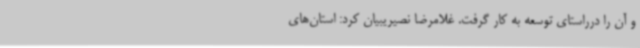
و آن را درراستای توسعه به کار گرفت. غلامرضا نصیریبیان کرد: استان‌های